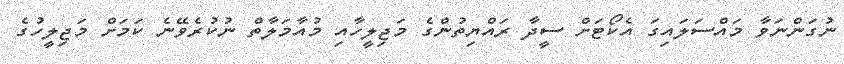
ނުގަންނަވާ މައްސަލައިގަ އެކޯޓަށް ސީދާ ރައްޔިތުންގެ މަޖިލީހާއި މުއާމަލާތް ނުކުރެވޭނެ ކަމަށް މަޖިލީހުގެ